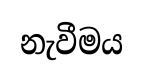
නැවීමය